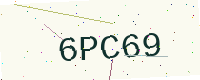
Text: 6PC69